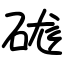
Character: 硥